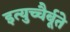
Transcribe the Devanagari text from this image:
इत्युच्चैर्बूते